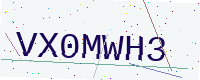
Text: VX0MWH3